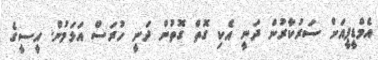
އެމްޑީޕީއަށް ސަރުކާރުން ދަނީ އެކި ގޮތް ގޮތުން ދަނީ ހުރަސް އަޅަމުން. އީސީގެ